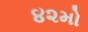
૪૨મો